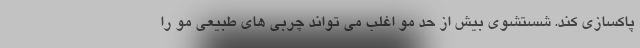
پاکسازی کند. شستشوی بیش از حد مو اغلب می تواند چربی های طبیعی مو را